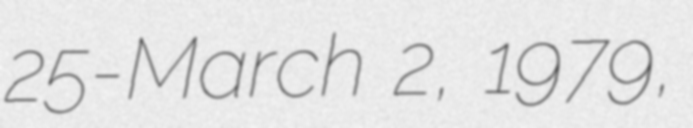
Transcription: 25-March 2, 1979,